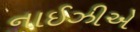
નાઈઝીએ